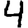
Digit: 4